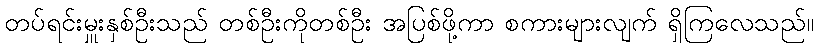
တပ်ရင်းမှူးနှစ်ဦးသည် တစ်ဦးကိုတစ်ဦး အပြစ်ဖို့ကာ စကားများလျက် ရှိကြလေသည်။